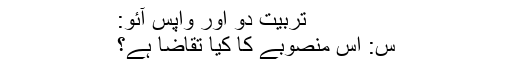
تربیت دو اور واپس آئو:
س: اس منصوبے کا کیا تقاضا ہے؟